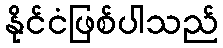
နိုင်ငံဖြစ်ပါသည်